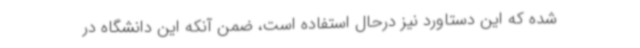
شده که این دستاورد نیز درحال استفاده است، ضمن آنکه این دانشگاه در